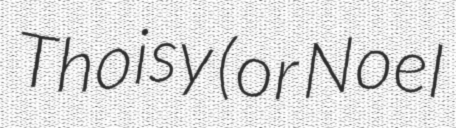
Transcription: Thoisy (or Noel